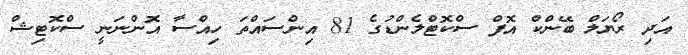
އަދި ރޯޔަލް ބޭންކް އޮފް ސްކޮޓްލެންޑުގެ 81 އިންސައްތަ ހިއްސާ އޮންނަނީ ސްކޮޓިޝް